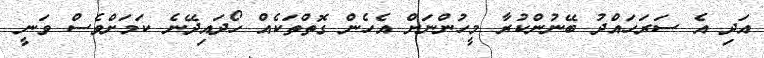
އަދި އެ ސަރަހައްދު ބޭނުންކުރާ މީހުންނަށް އެހެން ގޮތްތަކެއް ހޯދައިދޭނެ ކަމަށްވެސް ވަނީ